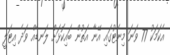
އެކަމަކު 77 ވަނަ މިނެޓުގައި އޭނާ އަތުން ބައިކޮޅަށް ލަނޑެއް ވަދެ އިޓަލީ